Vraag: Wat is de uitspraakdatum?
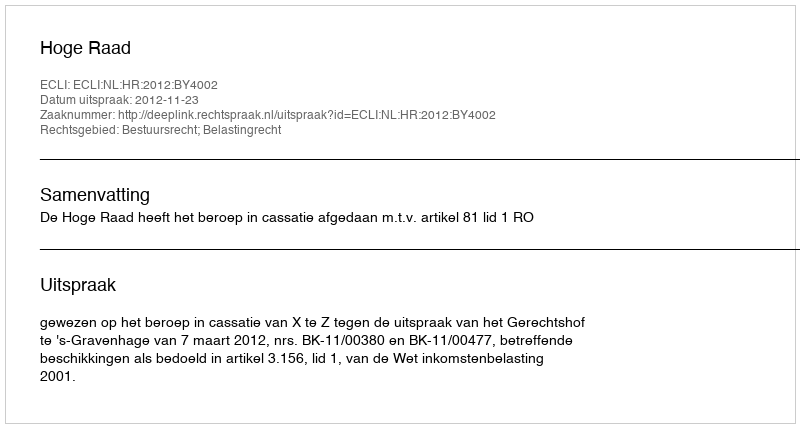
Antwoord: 2012-11-23